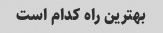
بهترین راه کدام است